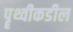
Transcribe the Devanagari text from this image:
पॄथ्वीकडील